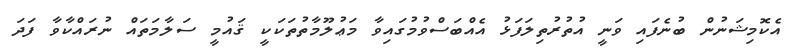
އެކޮމިޝަނުން ބުނެފައި ވަނީ އުތުރުތިލަފަޅު އެއްބަސްވުމުގައިވާ މަޢުލޫމާތުތަކަކީ ޤައުމީ ސަލާމަތައް ނުރައްކާވާ ފަދަ